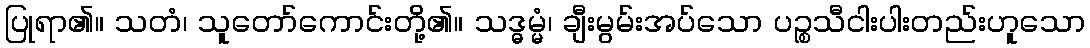
ပြုရာ၏။ သတံ၊ သူတော်ကောင်းတို့၏။ သဒ္ဓမ္မံ၊ ချီးမွမ်းအပ်သော ပဉ္စသီငါးပါးတည်းဟူသော